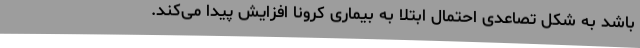
باشد به شکل تصاعدی احتمال ابتلا به بیماری کرونا افزایش پیدا می‌کند.